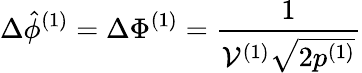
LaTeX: \Delta\hat{\phi}^{(1)}=\Delta\Phi^{(1)}=\frac{1}{\mathcal{V}^{(1)}\sqrt{2p^{(1)}}}